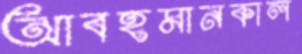
আবহমানকাল